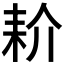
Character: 𰭱